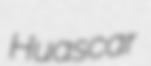
Huascar